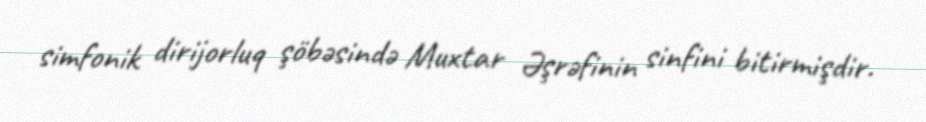
simfonik dirijorluq şöbəsində Muxtar Əşrəfinin sinfini bitirmişdir.